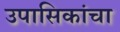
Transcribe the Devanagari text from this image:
उपासिकांचा